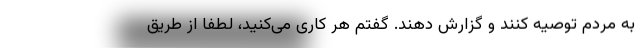
به مردم توصیه کنند و گزارش دهند. گفتم هر کاری می‌کنید، لطفاً از طریق